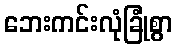
ဘေးကင်းလုံခြုံစွာ